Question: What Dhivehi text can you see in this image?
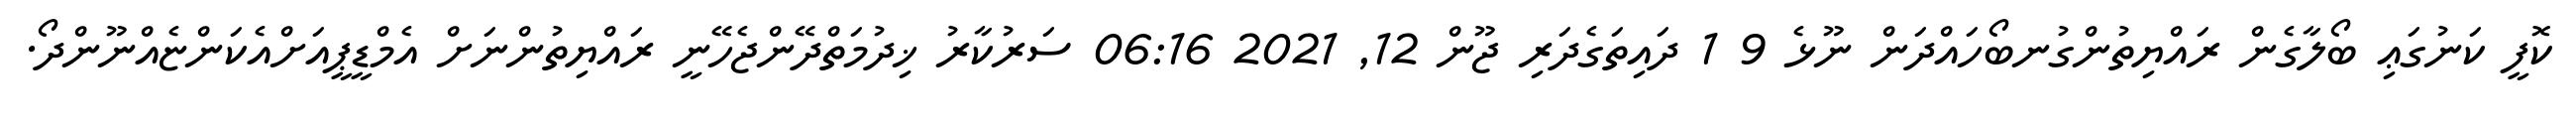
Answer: ކޮފީ ކަނުގަޢި ބޯލާގެން ރައްޔިތުންގުނބޯހައްދަން ނޫޅެ 9 1 ދައިތަގެދަރި ޖޫން 12, 2021 06:16 ސަރުކާރު ޚިދުމަތްދޭންޖެހޭނީ ރައްޔިތުންނަށް އެމްޑީޕީއަށްއެކަންޏެއްނޫންދޯ.